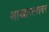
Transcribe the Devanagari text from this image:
शाखास्तरावर